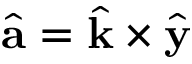
\hat { { \bf a } } = \hat { { \bf k } } \times \hat { { \bf y } }